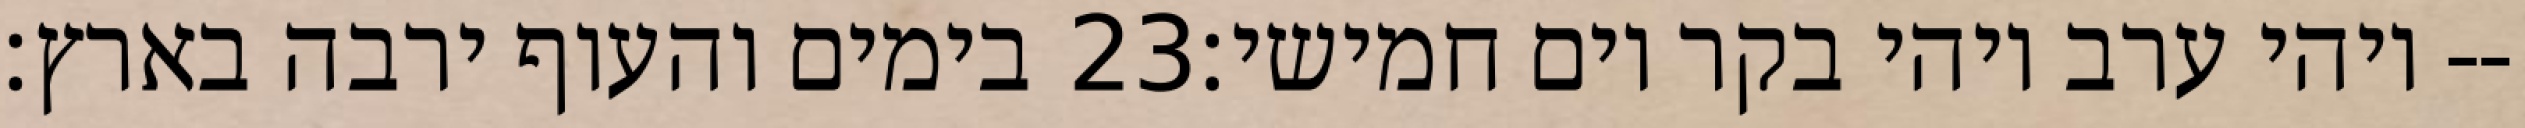
בימים והעוף ירבה בארץ׃ ‎23‏ ויהי ערב ויהי בקר יום חמישי׃--